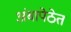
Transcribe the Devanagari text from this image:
अंबापेठेत